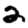
Digit: 2